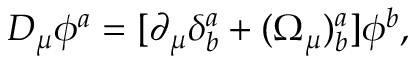
D _ { \mu } \phi ^ { a } = [ \partial _ { \mu } \delta _ { b } ^ { a } + ( \Omega _ { \mu } ) _ { b } ^ { a } ] \phi ^ { b } ,